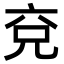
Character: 兗